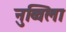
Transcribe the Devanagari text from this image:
नुव्विला